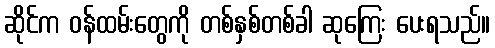
ဆိုင်က ဝန်ထမ်းတွေကို တစ်နှစ်တစ်ခါ ဆုကြေး ပေးရသည်။